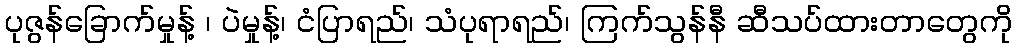
ပုဇွန်ခြောက်မှုန့် ၊ ပဲမှုန့်၊ ငံပြာရည်၊ သံပုရာရည်၊ ကြက်သွန်နီ ဆီသပ်ထားတာတွေကို